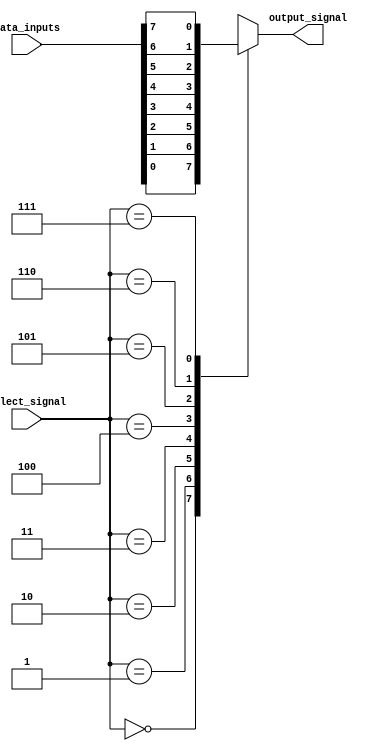
module multiplexer_8to1 (
    input [7:0] data_inputs,
    input [2:0] select_signal,
    output reg output_signal
);

always @(*) begin
    case (select_signal)
        3'b000: output_signal = data_inputs[0];
        3'b001: output_signal = data_inputs[1];
        3'b010: output_signal = data_inputs[2];
        3'b011: output_signal = data_inputs[3];
        3'b100: output_signal = data_inputs[4];
        3'b101: output_signal = data_inputs[5];
        3'b110: output_signal = data_inputs[6];
        3'b111: output_signal = data_inputs[7];
    endcase
end

endmodule